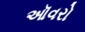
ઑવરો